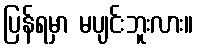
ပြန်ရမှာ မပျင်းဘူးလား။